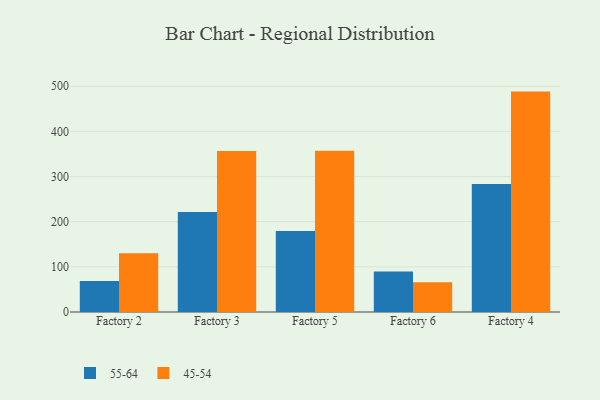
{"axis": {"x": "Factory", "y": "Churn Rate (%)"}, "legend": ["45-54", "55-64"], "data": [{"x": "Factory 2", "y": 68.5, "type": "55-64"}, {"x": "Factory 2", "y": 130.1, "type": "45-54"}, {"x": "Factory 3", "y": 221.6, "type": "55-64"}, {"x": "Factory 3", "y": 356.5, "type": "45-54"}, {"x": "Factory 5", "y": 179.4, "type": "55-64"}, {"x": "Factory 5", "y": 357.1, "type": "45-54"}, {"x": "Factory 6", "y": 89.8, "type": "55-64"}, {"x": "Factory 6", "y": 65.7, "type": "45-54"}, {"x": "Factory 4", "y": 283.7, "type": "55-64"}, {"x": "Factory 4", "y": 488.1, "type": "45-54"}]}